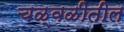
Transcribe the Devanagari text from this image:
चळ्वळीतील